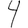
Digit: 4